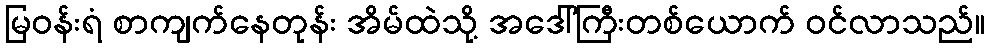
မြဝန်းရံ စာကျက်နေတုန်း အိမ်ထဲသို့ အဒေါ်ကြီးတစ်ယောက် ဝင်လာသည်။